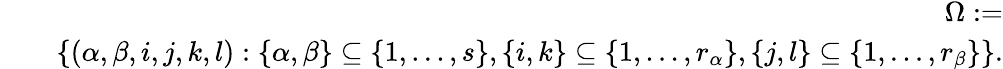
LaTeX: \begin{array}{rlr}&{}&{\Omega:=}\\ &{}&{\left\{ \left(\alpha,\beta,i,j,k,l\right):\left\{ \alpha,\beta\right\} \subseteq\left\{ 1,...,s\right\} ,\left\{ i,k\right\} \subseteq\left\{ 1,...,r_{\alpha}\right\} ,\left\{ j,l\right\} \subseteq\left\{ 1,...,r_{\beta}\right\} \right\} \mathrm{.}}\end{array}